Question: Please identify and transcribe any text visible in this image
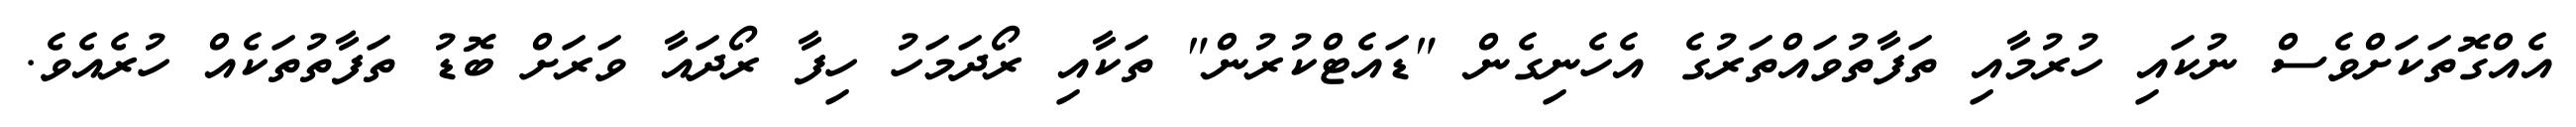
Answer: އެއްގޮތަކަށްވެސް ނުކައި ހުރުމާއި ތަފާތުވައްތަރުގެ އެހެނިގެން "ޑައެޓްކުރުން" ތަކާއި ރޯދަމަހު ހިފާ ރޯދައާ ވަރަށް ބޮޑު ތަފާތުތަކެއް ހުރެއެވެ.